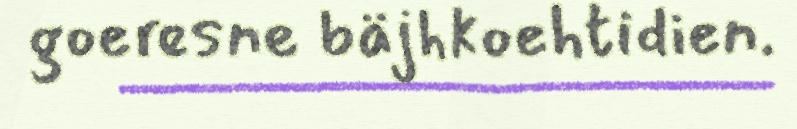
goeresne bäjhkoehtidien.